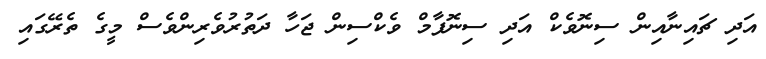
އަދި ޗައިނާއިން ސިނޮވެކް އަދި ސިނޮފާމް ވެކްސިން ޖަހާ ދަތުރުވެރިންވެސް މީގެ ތެރޭގައި